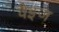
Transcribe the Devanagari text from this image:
वैइज